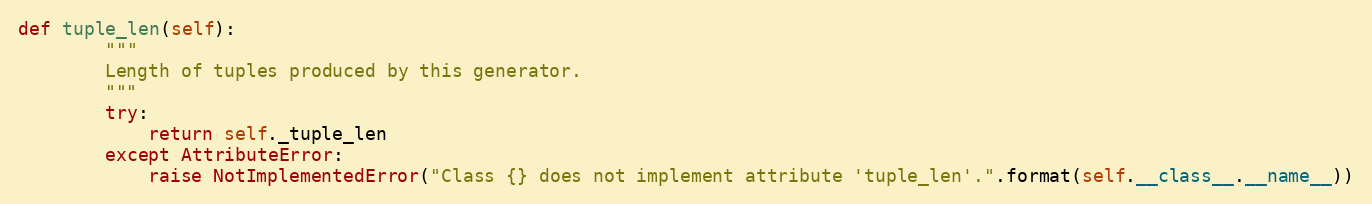
Language: Python
def tuple_len(self):
        """
        Length of tuples produced by this generator.
        """
        try:
            return self._tuple_len
        except AttributeError:
            raise NotImplementedError("Class {} does not implement attribute 'tuple_len'.".format(self.__class__.__name__))